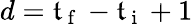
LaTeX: d=\mathfrak{t}_{\mathrm{{~f~}}}-\mathfrak{t}_{\mathrm{{~i~}}}+1